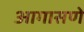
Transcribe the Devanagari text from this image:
आगासणे